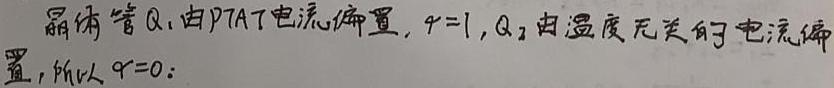
晶体管 $Q_1$ 由PTAT电流偏置，$\gamma = 1$，$Q_2$ 由温度无关的电流偏置，所以 $\gamma = 0$。